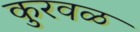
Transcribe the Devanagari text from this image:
कुरवळ